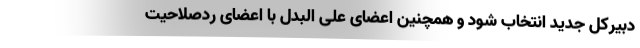
دبیرکل جدید انتخاب شود و همچنین اعضای علی البدل با اعضای ردصلاحیت